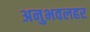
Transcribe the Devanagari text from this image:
अनुभवलहर